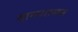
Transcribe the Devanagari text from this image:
दानशासन